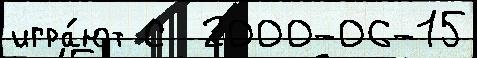
игра́ют С  2000-06-15